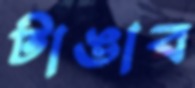
টাঙাব